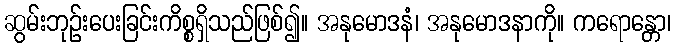
ဆွမ်းဘုဉ်းပေးခြင်းကိစ္စရှိသည်ဖြစ်၍။ အနုမောဒနံ၊ အနုမောဒနာကို။ ကရောန္တော၊